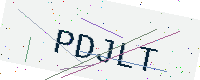
Text: PDJLT